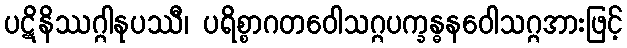
ပဋိနိဿဂ္ဂါနုပဿီ၊ ပရိစ္စာဂတဝေါသဂ္ဂပက္ခန္ဓနဝေါသဂ္ဂအားဖြင့်